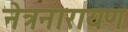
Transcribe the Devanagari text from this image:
नेत्रनारायण